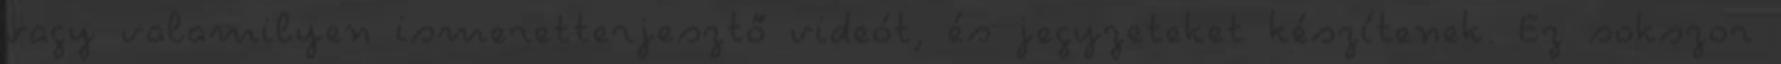
vagy valamilyen ismeretterjesztő videót, és jegyzeteket készítenek. Ez sokszor